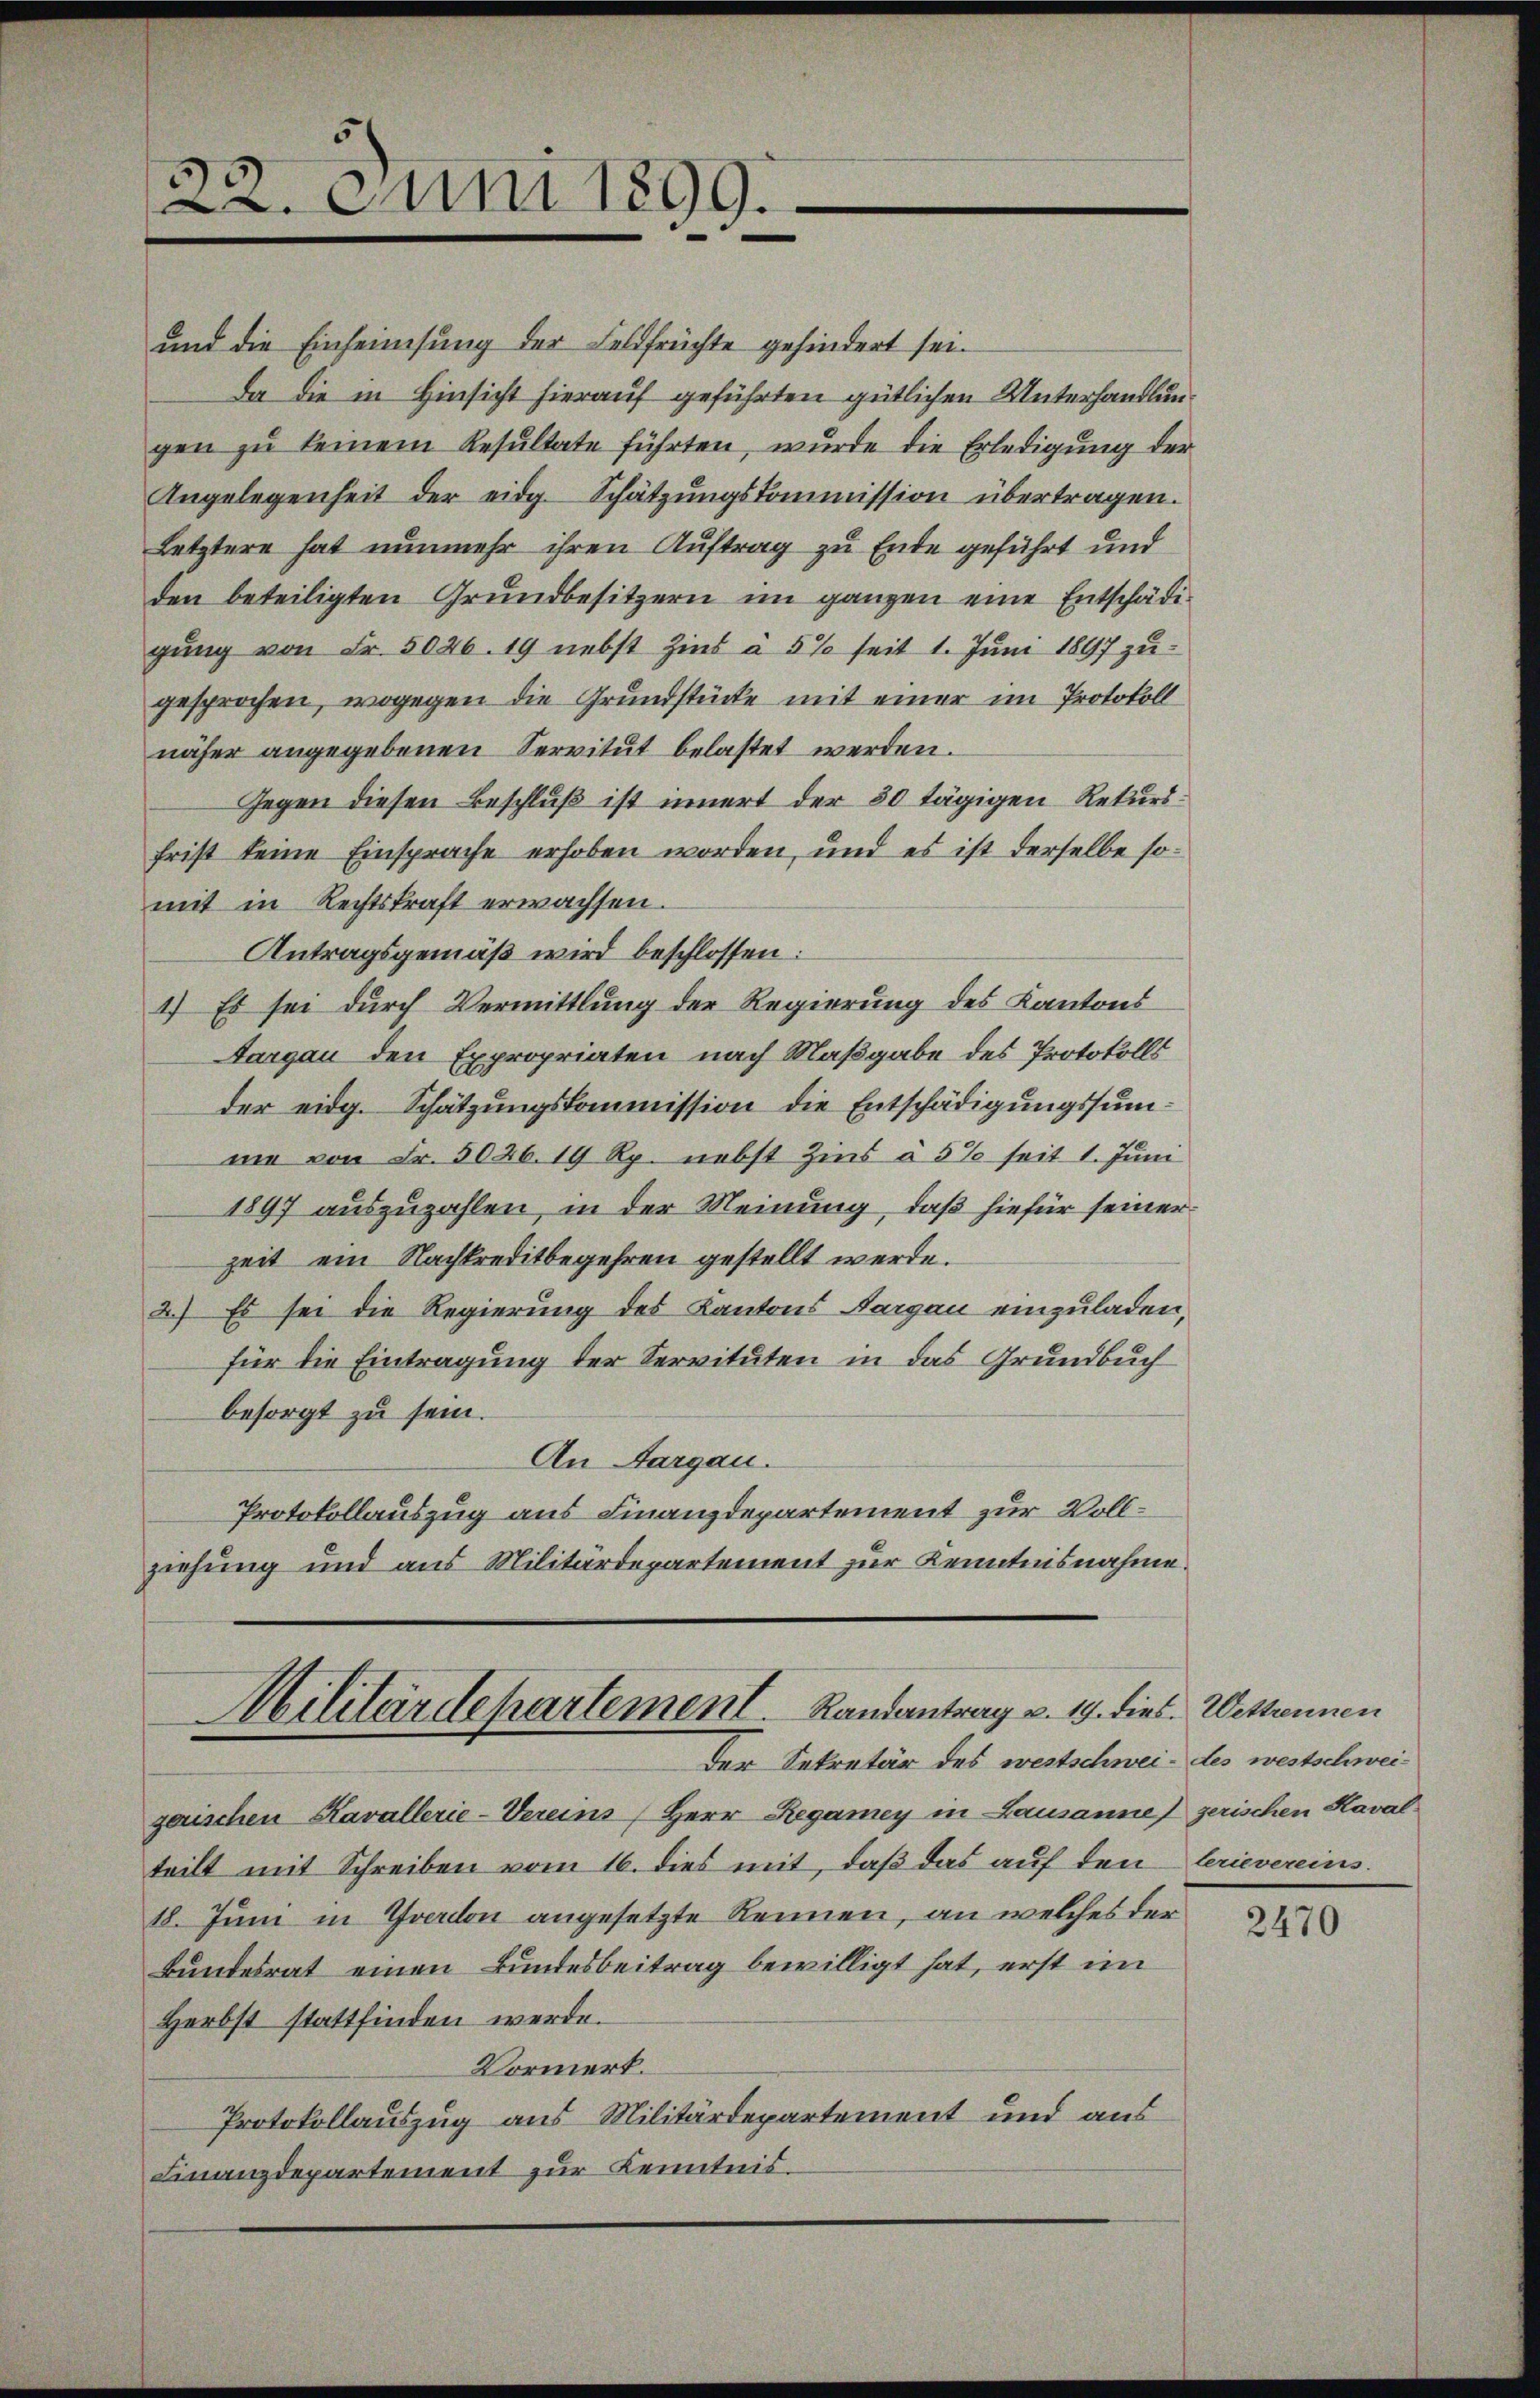
und die Einheimsung der Feldfrüchte gehindert sei.
Da die in Hinsicht hierauf geführten gütlichen Unterhandlungen zu keinem Resultate führten, wurde die Erledigung der
Angelegenheit der eidg. Schätzungskommission übertragen.
Letztere hat nunmehr ihren Auftrag zu Ende geführt und
den beteiligten Grundbesitzern im ganzen eine Entschädigung von Fr. 5026. 19 nebst Zins à 5% seit 1. Juni 1897 zu-
gesprochen, wogegen die Grundstücke mit einer im Protokoll
näher angegebenen Servitut belastet werden.
Gegen diesen Beschluß ist innert der 30 tägigen Rekursfrist keine Einsprache erhoben worden, und es ist derselbe somit in Rechtskraft erwachsen.
Antragsgemäß wird beschlossen:
1.) Es sei durch Vermittlung der Regierung des Kantons
Aargau den Expropriaten nach Maßgabe des Protokolls
der eidg. Schätzungskommission die Entschädigungssumme von Fr. 5026. 19 Rp. nebst Zins à 5% seit 1. Juni
1897 auszuzahlen, in der Meinung, daß hiefür seiner
zeit ein Nachkreditbegehren gestellt werde.
2.) Es sei die Regierung des Kantons Aargau einzuladen,
für die Eintragung der Servituten in das Grundbuch
besorgt zu sein.
An Aargau.
Protokollauszug aus Finanzdepartement zur Vollziehung und aus Militärdepartement zur Kenntnisnahme.

22. Juni 1899.

Militärdepartement Randantrag v. 19. dies Wettennen
Der Sekretär des westschwei- des westschwei¬

gerischen Kavallerie-Vereins (Herr Regamey in Lausannes gerischen Kaval
teilt mit Schreiben vom 16. dies mit, daß das auf den berievereins.
18. Juni in Yverdon angesetzte Rennen, an welches der
Bundesrat einen Bundesbeitrag bewilligt hat, erst im
Herbst stattfinden werde.
Vormerk.
Protokollauszug aus Militärdepartement und aus
Finanzdepartement zur Kenntnis¬

2470